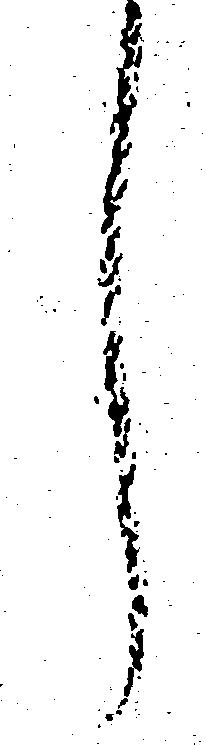
し